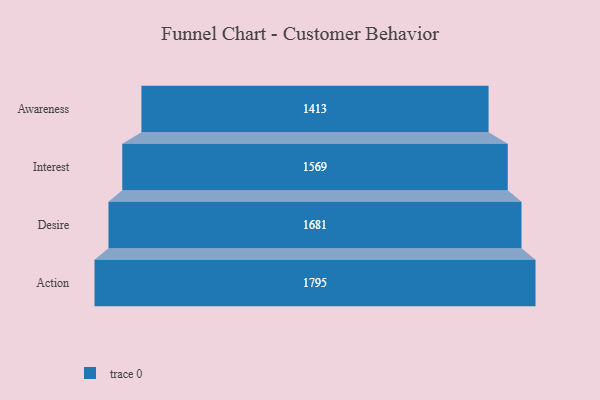
{"axis": {"x": "Stage", "y": "Value"}, "legend": [""], "data": [{"x": "Awareness", "y": 1413.0, "type": ""}, {"x": "Interest", "y": 1569.0, "type": ""}, {"x": "Desire", "y": 1681.0, "type": ""}, {"x": "Action", "y": 1795.0, "type": ""}]}